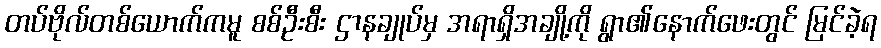
တပ်ဗိုလ်တစ်ယောက်ကမူ စစ်ဦးစီး ဌာနချုပ်မှ အရာရှိအချို့ကို ရွာ၏နောက်ဖေးတွင် မြင်ခဲ့ရ